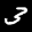
Label: 3